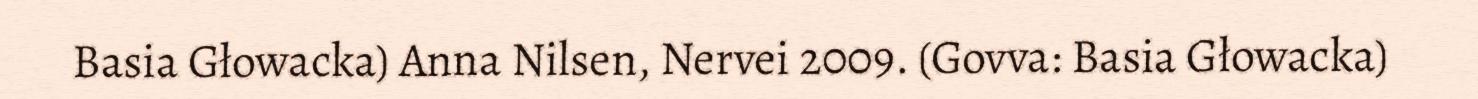
Basia Głowacka) Anna Nilsen, Nervei 2009. (Govva: Basia Głowacka)